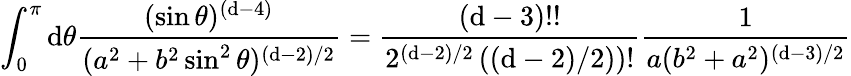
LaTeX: \int_{0}^{\pi}\mathrm{d}\theta{\frac{{(\sin\theta)^{(\mathrm{d}-4)}}}{{(a^{2}+b^{2}\sin^{2}\theta)^{(\mathrm{d}-2)/2}}}}={\frac{{(\mathrm{d}-3)!!}}{{2^{(\mathrm{d}-2)/2}\left((\mathrm{d}-2)/2)\right)!}}}{\frac{{1}}{{a(b^{2}+a^{2})^{(\mathrm{d}-3)/2}}}}